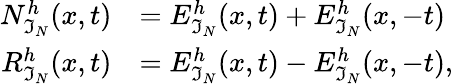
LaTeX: \begin{array}{rl}{N_{\mathfrak{I}_{N}}^{h}(x,t)}&{=E_{\mathfrak{I}_{N}}^{h}(x,t)+E_{\mathfrak{I}_{N}}^{h}(x,-t)\quad}\\ {R_{\mathfrak{I}_{N}}^{h}(x,t)}&{=E_{\mathfrak{I}_{N}}^{h}(x,t)-E_{\mathfrak{I}_{N}}^{h}(x,-t),}\end{array}